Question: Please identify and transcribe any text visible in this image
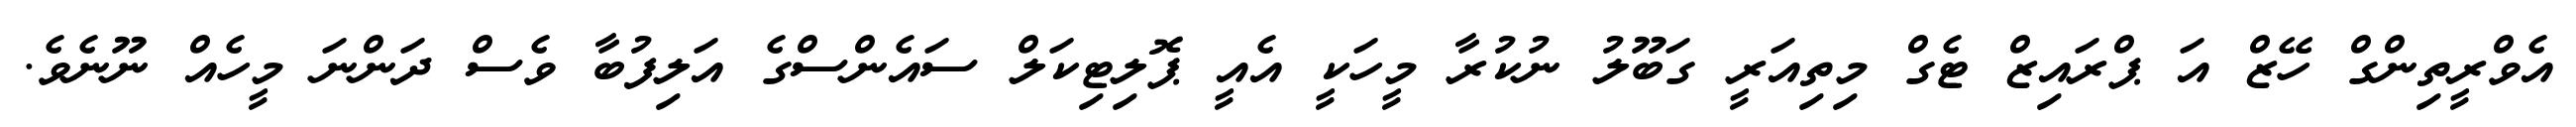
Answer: އެވްރީތިންގް ހޭޒް އަ ޕްރައިޒް ޓެގް މިތިއަރީ ގަބޫލު ނުކުރާ މީހަކީ އެއީ ޕޮލިޓިކަލް ސައެންސްގެ އަލިފުބާ ވެސް ދަންނަ މީހެއް ނޫނެވެ.